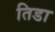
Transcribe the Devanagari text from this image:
तिडा